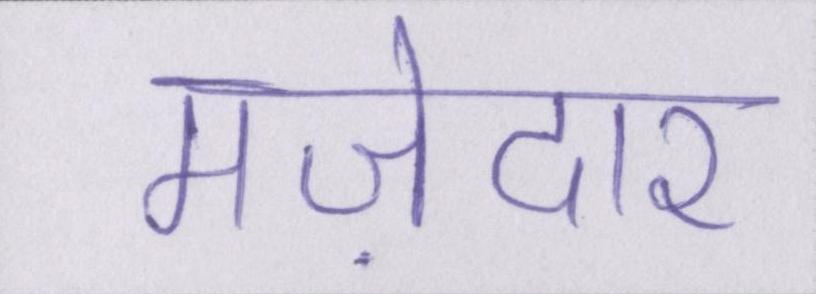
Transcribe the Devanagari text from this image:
मज़ेदार